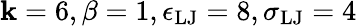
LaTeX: \mathbf{k}=6,\beta=1,\epsilon_{\mathrm{{LJ}}}=8,\sigma_{\mathrm{{LJ}}}=4